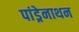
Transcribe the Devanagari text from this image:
पांड्रेनाथन